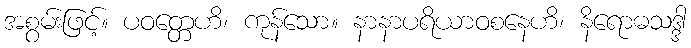
အစွမ်းဖြင့်။ ပဝတ္တေဟိ၊ ကုန်သော။ နာနာပရိယာဝစနေဟိ၊ နိရောဓသဒ္ဒါ